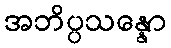
အဘိပ္ပသန္နော